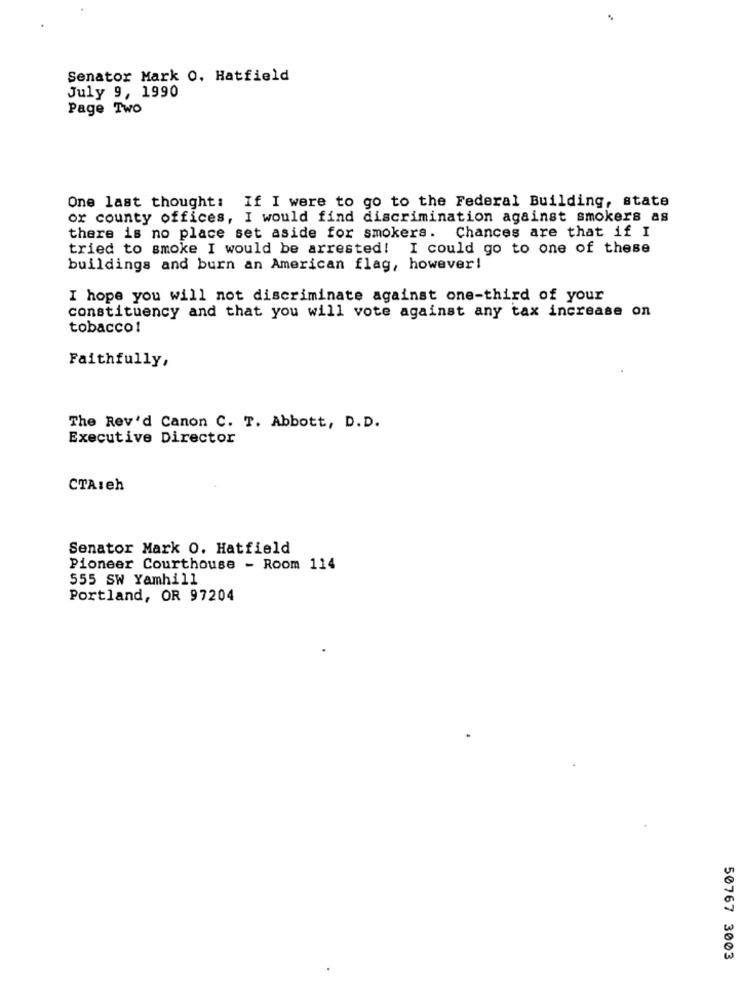
Senator Mark 0. Hatfield
July 9, 1990
Page Two
One last thought: If I were to go to the Federal Building, state
or county offices, I would find discrimination against smokers as
there is no place set aside for smokers. Chances are that if I
tried to smoke I would be arrested! I could go to one of these
buildings and burn an American flag, however!
I hope you will not discriminate against one-third of your
constituency and that you will vote against any tax increase on
tobacco!
Faithfully,
The Rev'd Canon C. T. Abbott, D.D.
Executive Director
CTAIeh
Senator Mark O. Hatfield
Pioneer Courthouse - Room 114
555 SW Yamhill
Portland, OR 97204
50767 3003